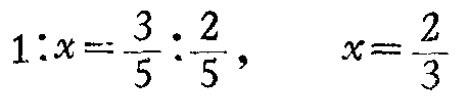
$1:x=\frac{3}{5}:\frac{2}{5},\quad x = \frac{2}{3}$